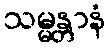
သမ္မန္တာနံ